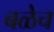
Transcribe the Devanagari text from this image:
बळेच